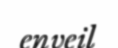
enveil